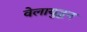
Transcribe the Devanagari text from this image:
वेलायुद्धन